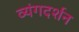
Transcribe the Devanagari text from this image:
व्यंगदर्शन